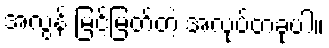
အလွန် မြင့်မြတ်တဲ့ အလုပ်တခုပါ။